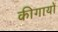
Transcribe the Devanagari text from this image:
कीगायों